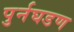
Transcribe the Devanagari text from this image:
पुर्नघडण